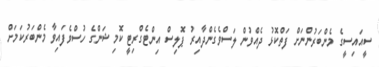
ސީއައިސީގެ މެންބަރުންނަށް ފަތްކޮޅު ދެއްވުން ލަސްވެގެންދާއިރު ޕޮލިސް އިންޓެގްރިޓީ ކޮމިޝަންގެ ހުސްވެފައިވާ މެންބަރުކަމަށް